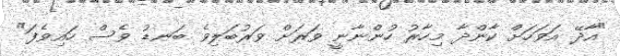
"އާދޭ އަވަހަށް ކާންދާ މިހާރު ހުންނާނީ ވަރަށް ވަރުބަލިވެ ބަނޑު ވެސް ހައިވެފަ"